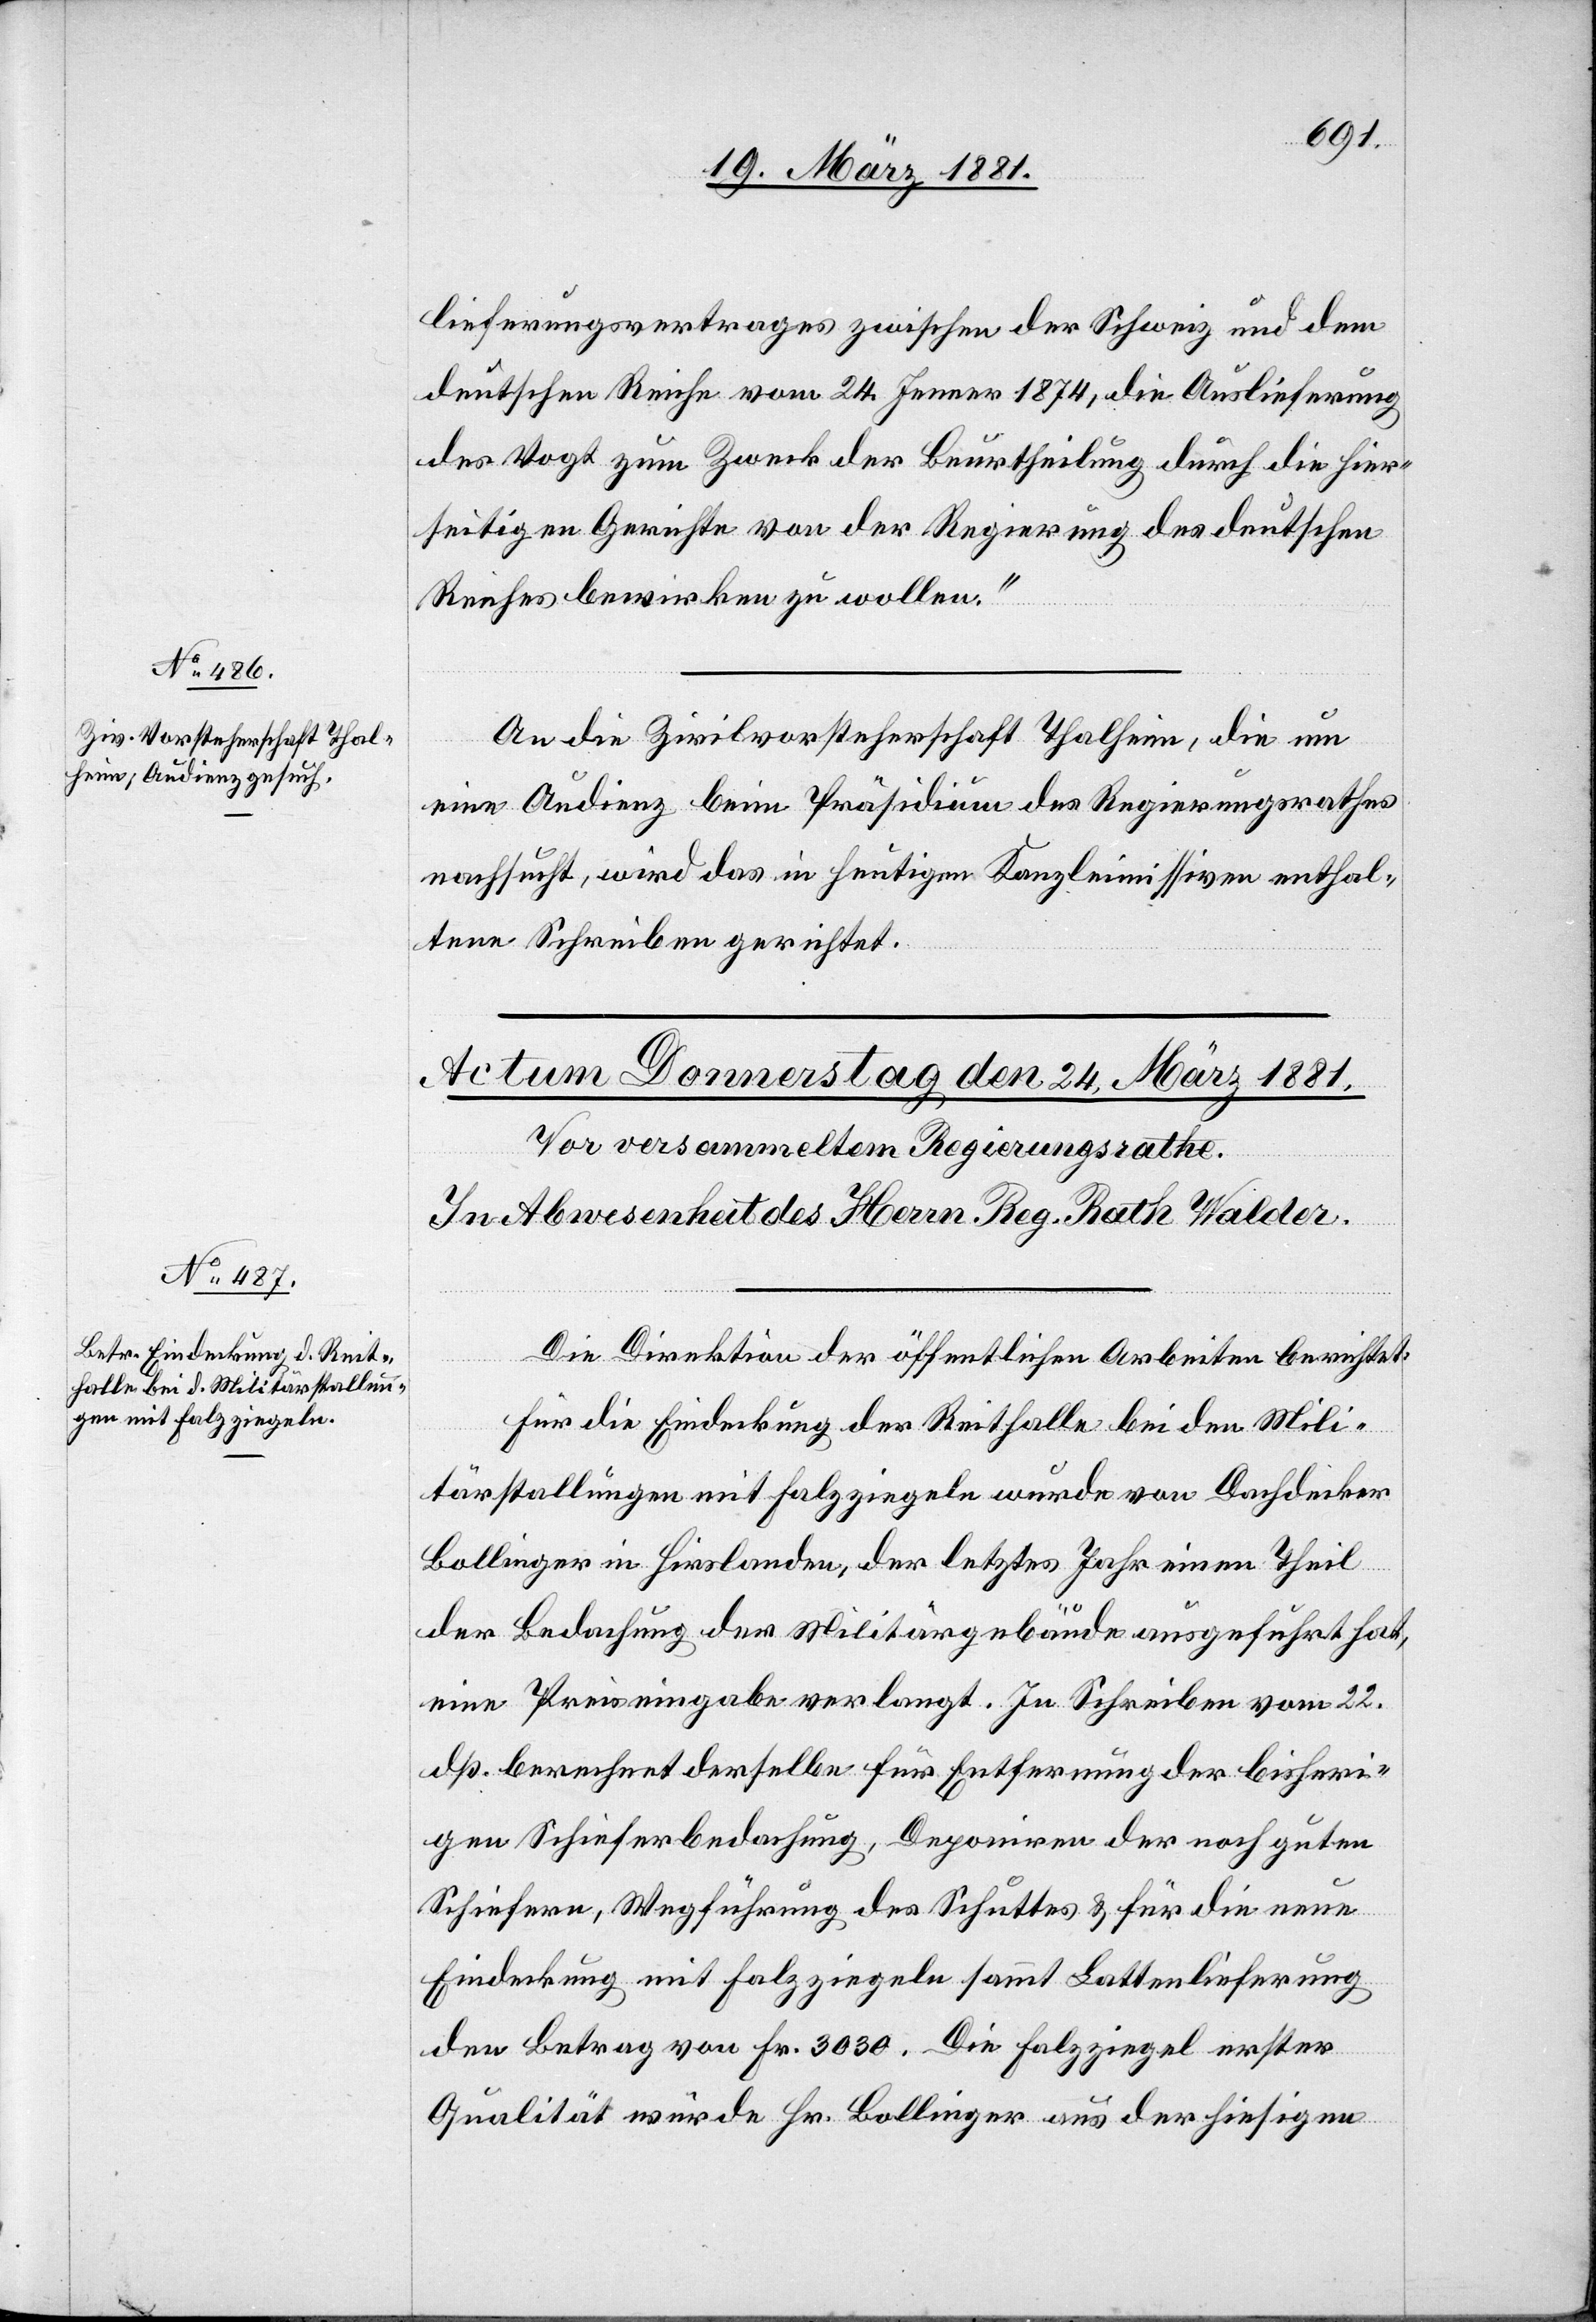
21. März 1881.]
lieferungsvertrages zwischen der Schweiz und dem
deutschen Reiche vom 24. Jenner 1874, die Auslieferung
des Vogt zum Zweck der Beurtheilung durch die hier¬
seitigen Gerichte von der Regierung des deutschen
Reiches bewirken zu wollen.“
An die Zivilvorsteherschaft Thalheim, die um
eine Audienz beim Präsidium des Regierungsrathes
nachsucht, wird das in heutigem Kanzleimissiven enthal¬
tene Schreiben gerichtet.
Die Direktion der öffentlichen Arbeiten berichtet:
Für die Eindeckung der Reithalle bei den Mili¬
tärstallungen mit Falzziegeln wurde von Dachdecker
Bollinger in Hirslanden, der letztes Jahr einen Theil
der Bedachung der Militärgebäude ausgeführt hat,
eine Preiseingabe verlangt. In Schreiben vom 22.
dß. berechnet derselbe für Entfernung der bisheri¬
gen Schieferbedachung, Deponiren der noch guten
Schiefern, Wegführung des Schuttes & für die neue
Eindeckung mit Falzziegeln sammt Lattenlieferung
den Betrag von Fr. 3030. Die Falzziegel erster
Qualität würde Hr. Bollinger aus der hiesigen